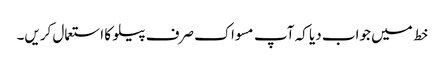
خط میں جواب دیا کہ آپ مسواک صرف پیلو کا استعمال کریں۔